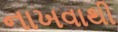
નાખવાથી